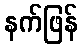
နက်ဖြန်